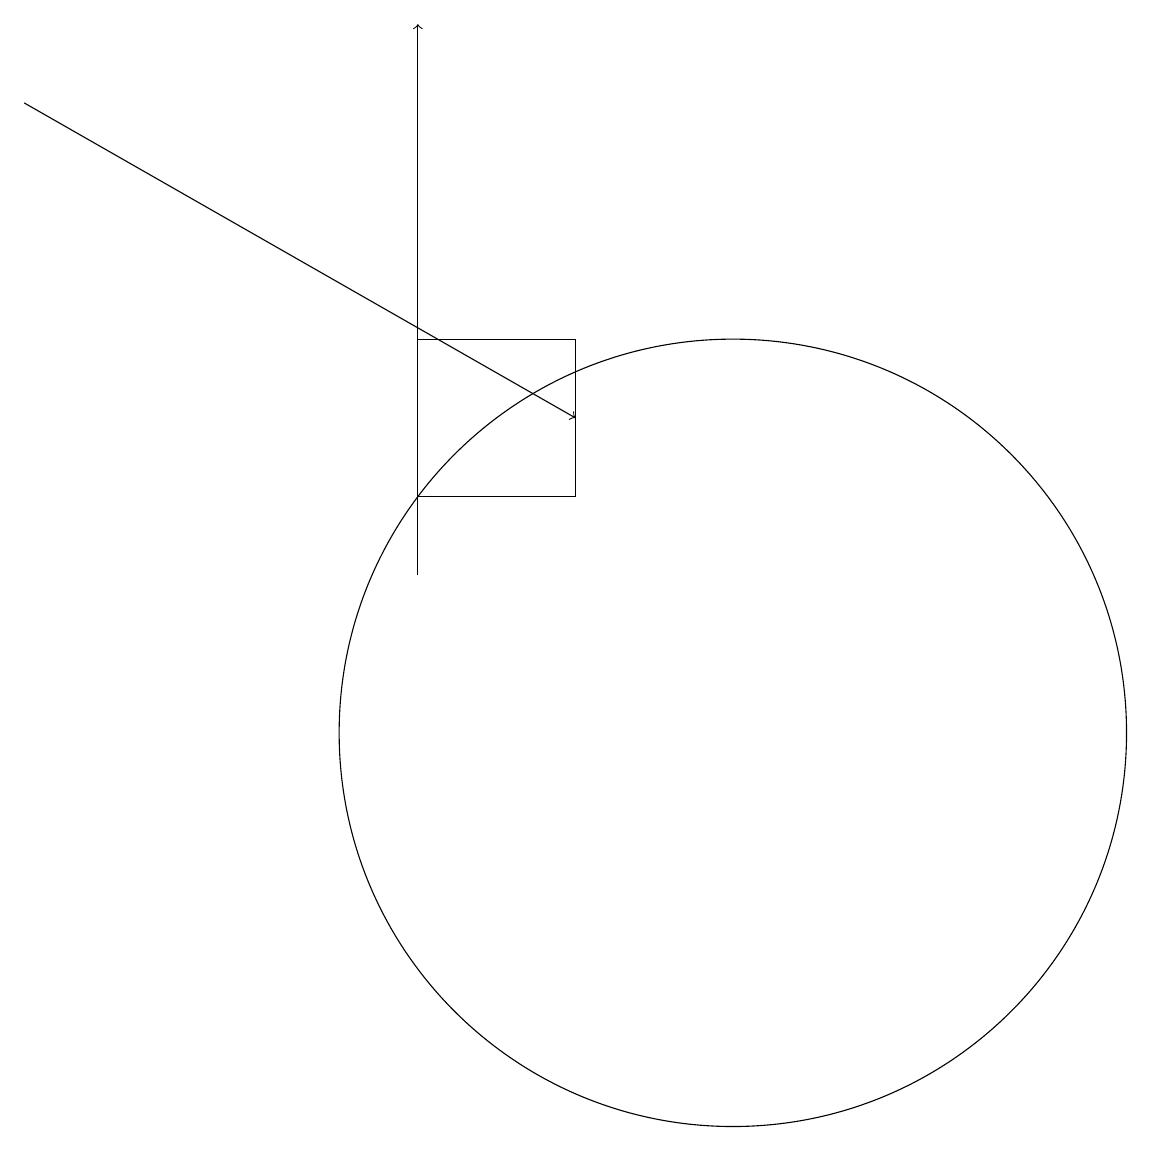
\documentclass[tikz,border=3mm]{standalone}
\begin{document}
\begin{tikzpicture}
\draw[->] (1,18) -- (8,14);
\draw[->] (6,12) -- (6,19);
\draw (10,10) circle (5);
\draw (6,15) rectangle (8,13);
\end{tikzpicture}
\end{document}